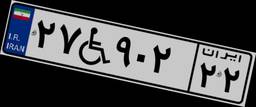
۲۷W۹۰۲۲۲